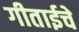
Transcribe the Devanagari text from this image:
गीताईचे